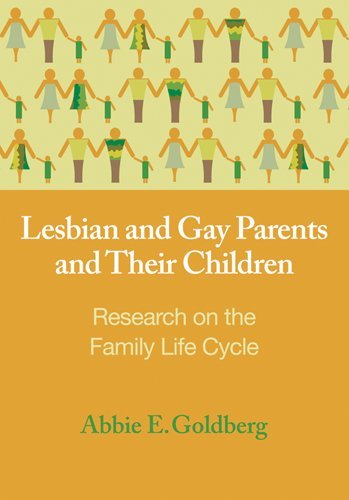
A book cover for Lesbian and Gay Parents and Their Children: Research on the Family Life Cycle (Contemporary Perspectives on Lesbian, Gay, and Bisexual Psyc); Abbie E. Goldberg; Gay & Lesbian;